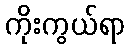
ကိုးကွယ်ရာ